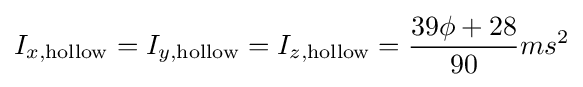
I_{x,\mathrm {hollow} }=I_{y,\mathrm {hollow} }=I_{z,\mathrm {hollow} }={\frac {39\phi +28}{90}}ms^{2}